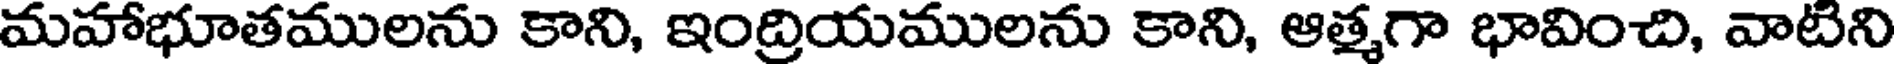
మహాభూతములను కాని, ఇంద్రియములను కాని, ఆత్మగా భావించి, వాటిని